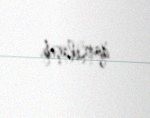
qarşılaşıb.